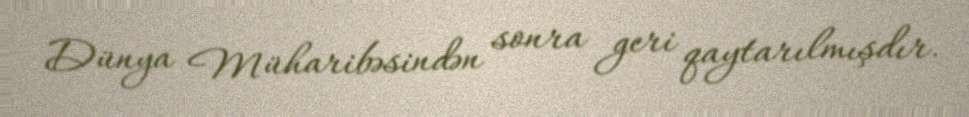
Dünya Müharibəsindən sonra geri qaytarılmışdır.